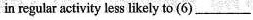
in regular activity less likely to（6）___